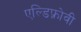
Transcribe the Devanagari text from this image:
एल्डिफ़्रोवी